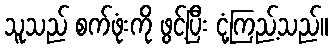
သူသည် စက်ဖုံးကို ဖွင့်ပြီး ငုံ့ကြည့်သည်။